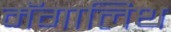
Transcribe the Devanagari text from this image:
मॅगालिथ